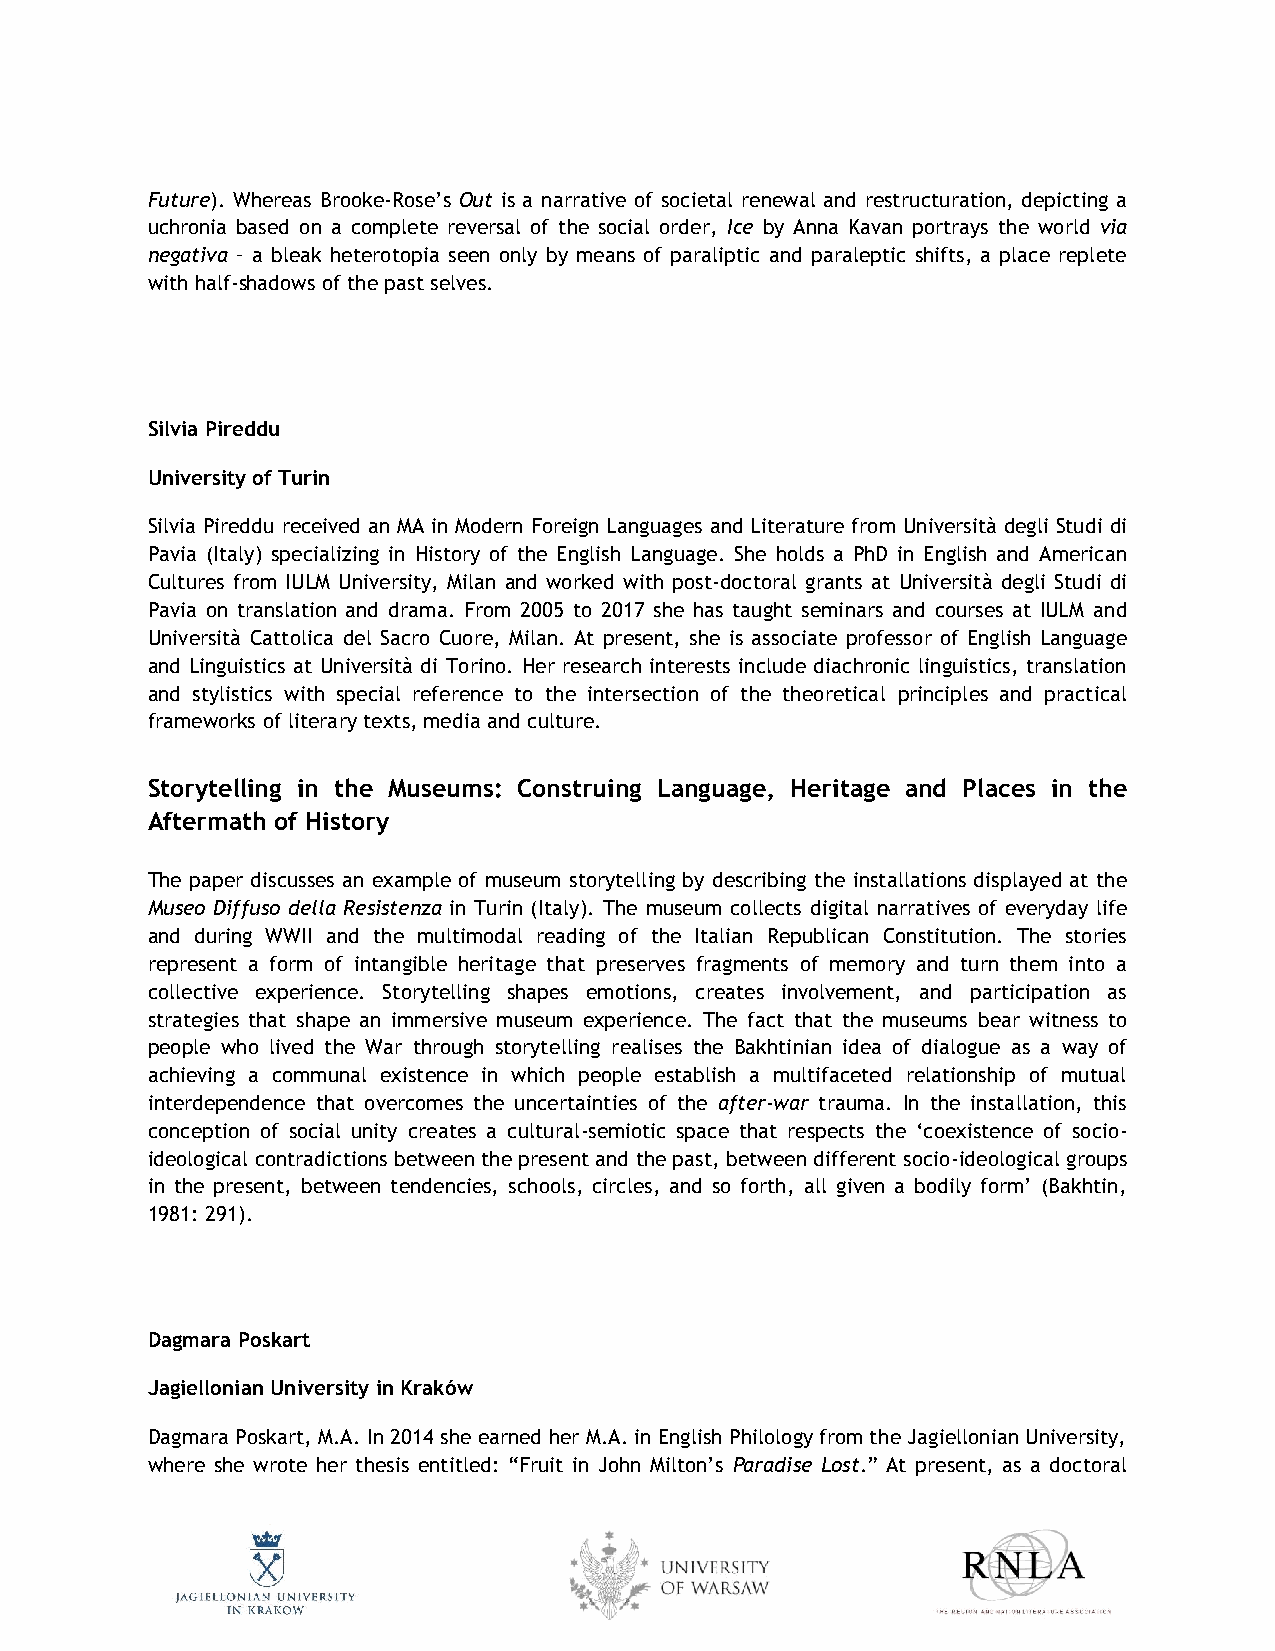
Future). Whereas Brooke-Rose’s Out is a narrative of societal renewal and restructuration, depicting a
 uchronia based on a complete reversal of the social order, Ice by Anna Kavan portrays the world via
 negativa – a bleak heterotopia seen only by means of paraliptic and paraleptic shifts, a place replete
 with half-shadows of the past selves.
 Silvia Pireddu
 University of Turin
 Silvia Pireddu received an MA in Modern Foreign Languages and Literature from Università degli Studi di
 Pavia (Italy) specializing in History of the English Language. She holds a PhD in English and American
 Cultures from IULM University, Milan and worked with post-doctoral grants at Università degli Studi di
 Pavia on translation and drama. From 2005 to 2017 she has taught seminars and courses at IULM and
 Università Cattolica del Sacro Cuore, Milan. At present, she is associate professor of English Language
 and Linguistics at Università di Torino. Her research interests include diachronic linguistics, translation
 and stylistics with special reference to the intersection of the theoretical principles and practical
 frameworks of literary texts, media and culture.
 Storytelling in the Museums: Construing Language, Heritage and Places in the
 Aftermath of History
 The paper discusses an example of museum storytelling by describing the installations displayed at the
 Museo Diffuso della Resistenza in Turin (Italy). The museum collects digital narratives of everyday life
 and during WWII and the multimodal reading of the Italian Republican Constitution. The stories
 represent a form of intangible heritage that preserves fragments of memory and turn them into a
 collective experience. Storytelling shapes emotions, creates involvement, and participation as
 strategies that shape an immersive museum experience. The fact that the museums bear witness to
 people who lived the War through storytelling realises the Bakhtinian idea of dialogue as a way of
 achieving a communal existence in which people establish a multifaceted relationship of mutual
 interdependence that overcomes the uncertainties of the after-war trauma. In the installation, this
 conception of social unity creates a cultural-semiotic space that respects the ‘coexistence of socio-
 ideological contradictions between the present and the past, between different socio-ideological groups
 in the present, between tendencies, schools, circles, and so forth, all given a bodily form’ (Bakhtin,
 1981: 291).
 Dagmara Poskart
 Jagiellonian University in Kraków
 Dagmara Poskart, M.A. In 2014 she earned her M.A. in English Philology from the Jagiellonian University,
 where she wrote her thesis entitled: “Fruit in John Milton’s Paradise Lost.” At present, as a doctoral